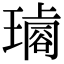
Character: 𤩡